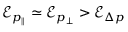
\mathcal { E } _ { p _ { \| } } \simeq \mathcal { E } _ { p _ { \perp } } > \mathcal { E } _ { \Delta p }